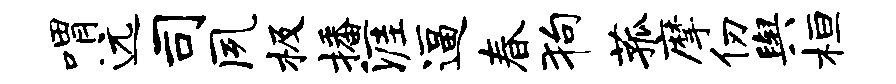
喟远司夙极播涯逼春狗菰摩仞舆桓